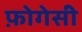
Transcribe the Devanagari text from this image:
फ़ोगेसी